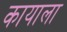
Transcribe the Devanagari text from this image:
कायाला